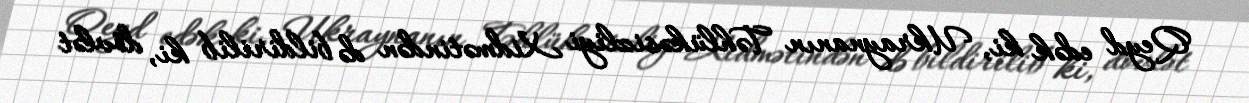
Qeyd edək ki, Ukraynanın Təhlükəsizliyi Xidmətindən də bildirilib ki, dövlət